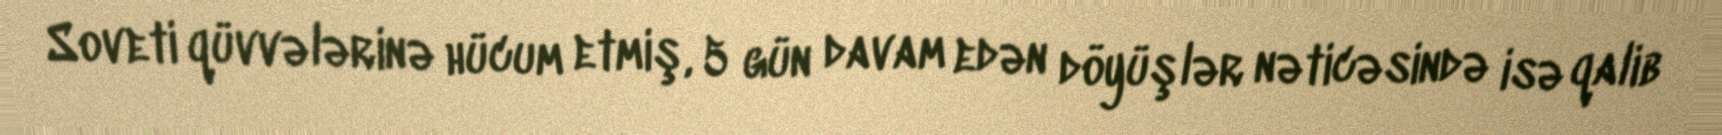
Soveti qüvvələrinə hücum etmiş, 5 gün davam edən döyüşlər nəticəsində isə qalib